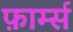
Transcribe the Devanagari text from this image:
फ़ार्म्स